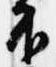
不